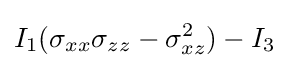
I_{1}(\sigma _{xx}\sigma _{zz}-\sigma _{xz}^{2})-I_{3}